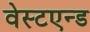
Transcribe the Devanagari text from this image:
वेस्टएन्ड